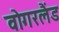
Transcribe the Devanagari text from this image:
वोगरलैंड